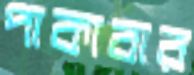
পাকাবার